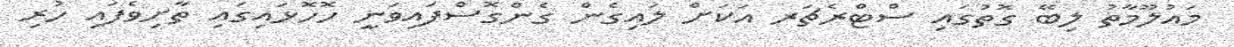
މައުލޫމާތު ލިބޭ ގޮތުގައި ސްޓްރެޗަރ އަކަށް ލައިގެން ގެންގޮސްފައިވަނީ ހޮހޮޅައިގައި ތާށިވެފައި ހުރި